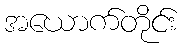
အယောက်တိုင်း